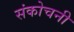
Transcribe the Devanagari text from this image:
संकोचनी